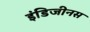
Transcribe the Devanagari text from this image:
इंडिजीनस